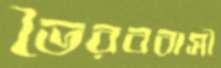
ভৈরববাসী